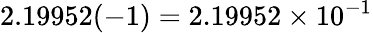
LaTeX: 2.19952(-1)=2.19952\times 10^{-1}